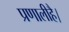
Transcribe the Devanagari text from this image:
प्रणालीहै।